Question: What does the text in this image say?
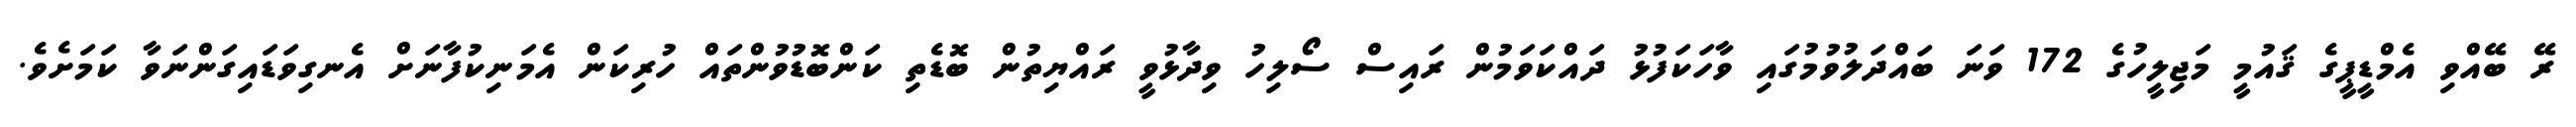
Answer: ރޭ ބޭއްވި އެމްޑީޕީގެ ޤައުމީ މަޖިލީހުގެ 172 ވަނަ ބައްދަލުވުމުގައި ވާހަކަފުޅު ދައްކަވަމުން ރައިސް ސޯލިހު ވިދާޅުވީ ރައްޔިތުން ބޮޑެތި ކަންބޮޑުވުންތައް ހުރިކަން އެމަނިކުފާނަށް އެނގިވަޑައިގަންނަވާ ކަމަށެވެ.